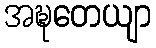
အဍ္ဎတေယျာ